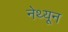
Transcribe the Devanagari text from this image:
नेथ्यून